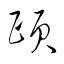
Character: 頤